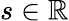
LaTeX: s\in\mathbb{R}